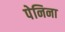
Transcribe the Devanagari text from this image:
पेनिना